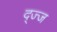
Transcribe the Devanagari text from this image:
द्ज्ज